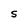
Character: S